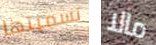
تسميتها مالا